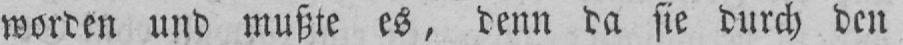
worden und mußte es, denn da sie durch den